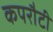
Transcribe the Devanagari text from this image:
कपरौटी